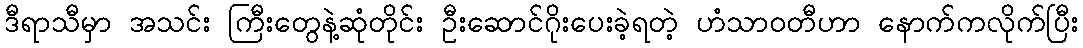
ဒီရာသီမှာ အသင်း ကြီးတွေနဲ့ဆုံတိုင်း ဦးဆောင်ဂိုးပေးခဲ့ရတဲ့ ဟံသာဝတီဟာ နောက်ကလိုက်ပြီး